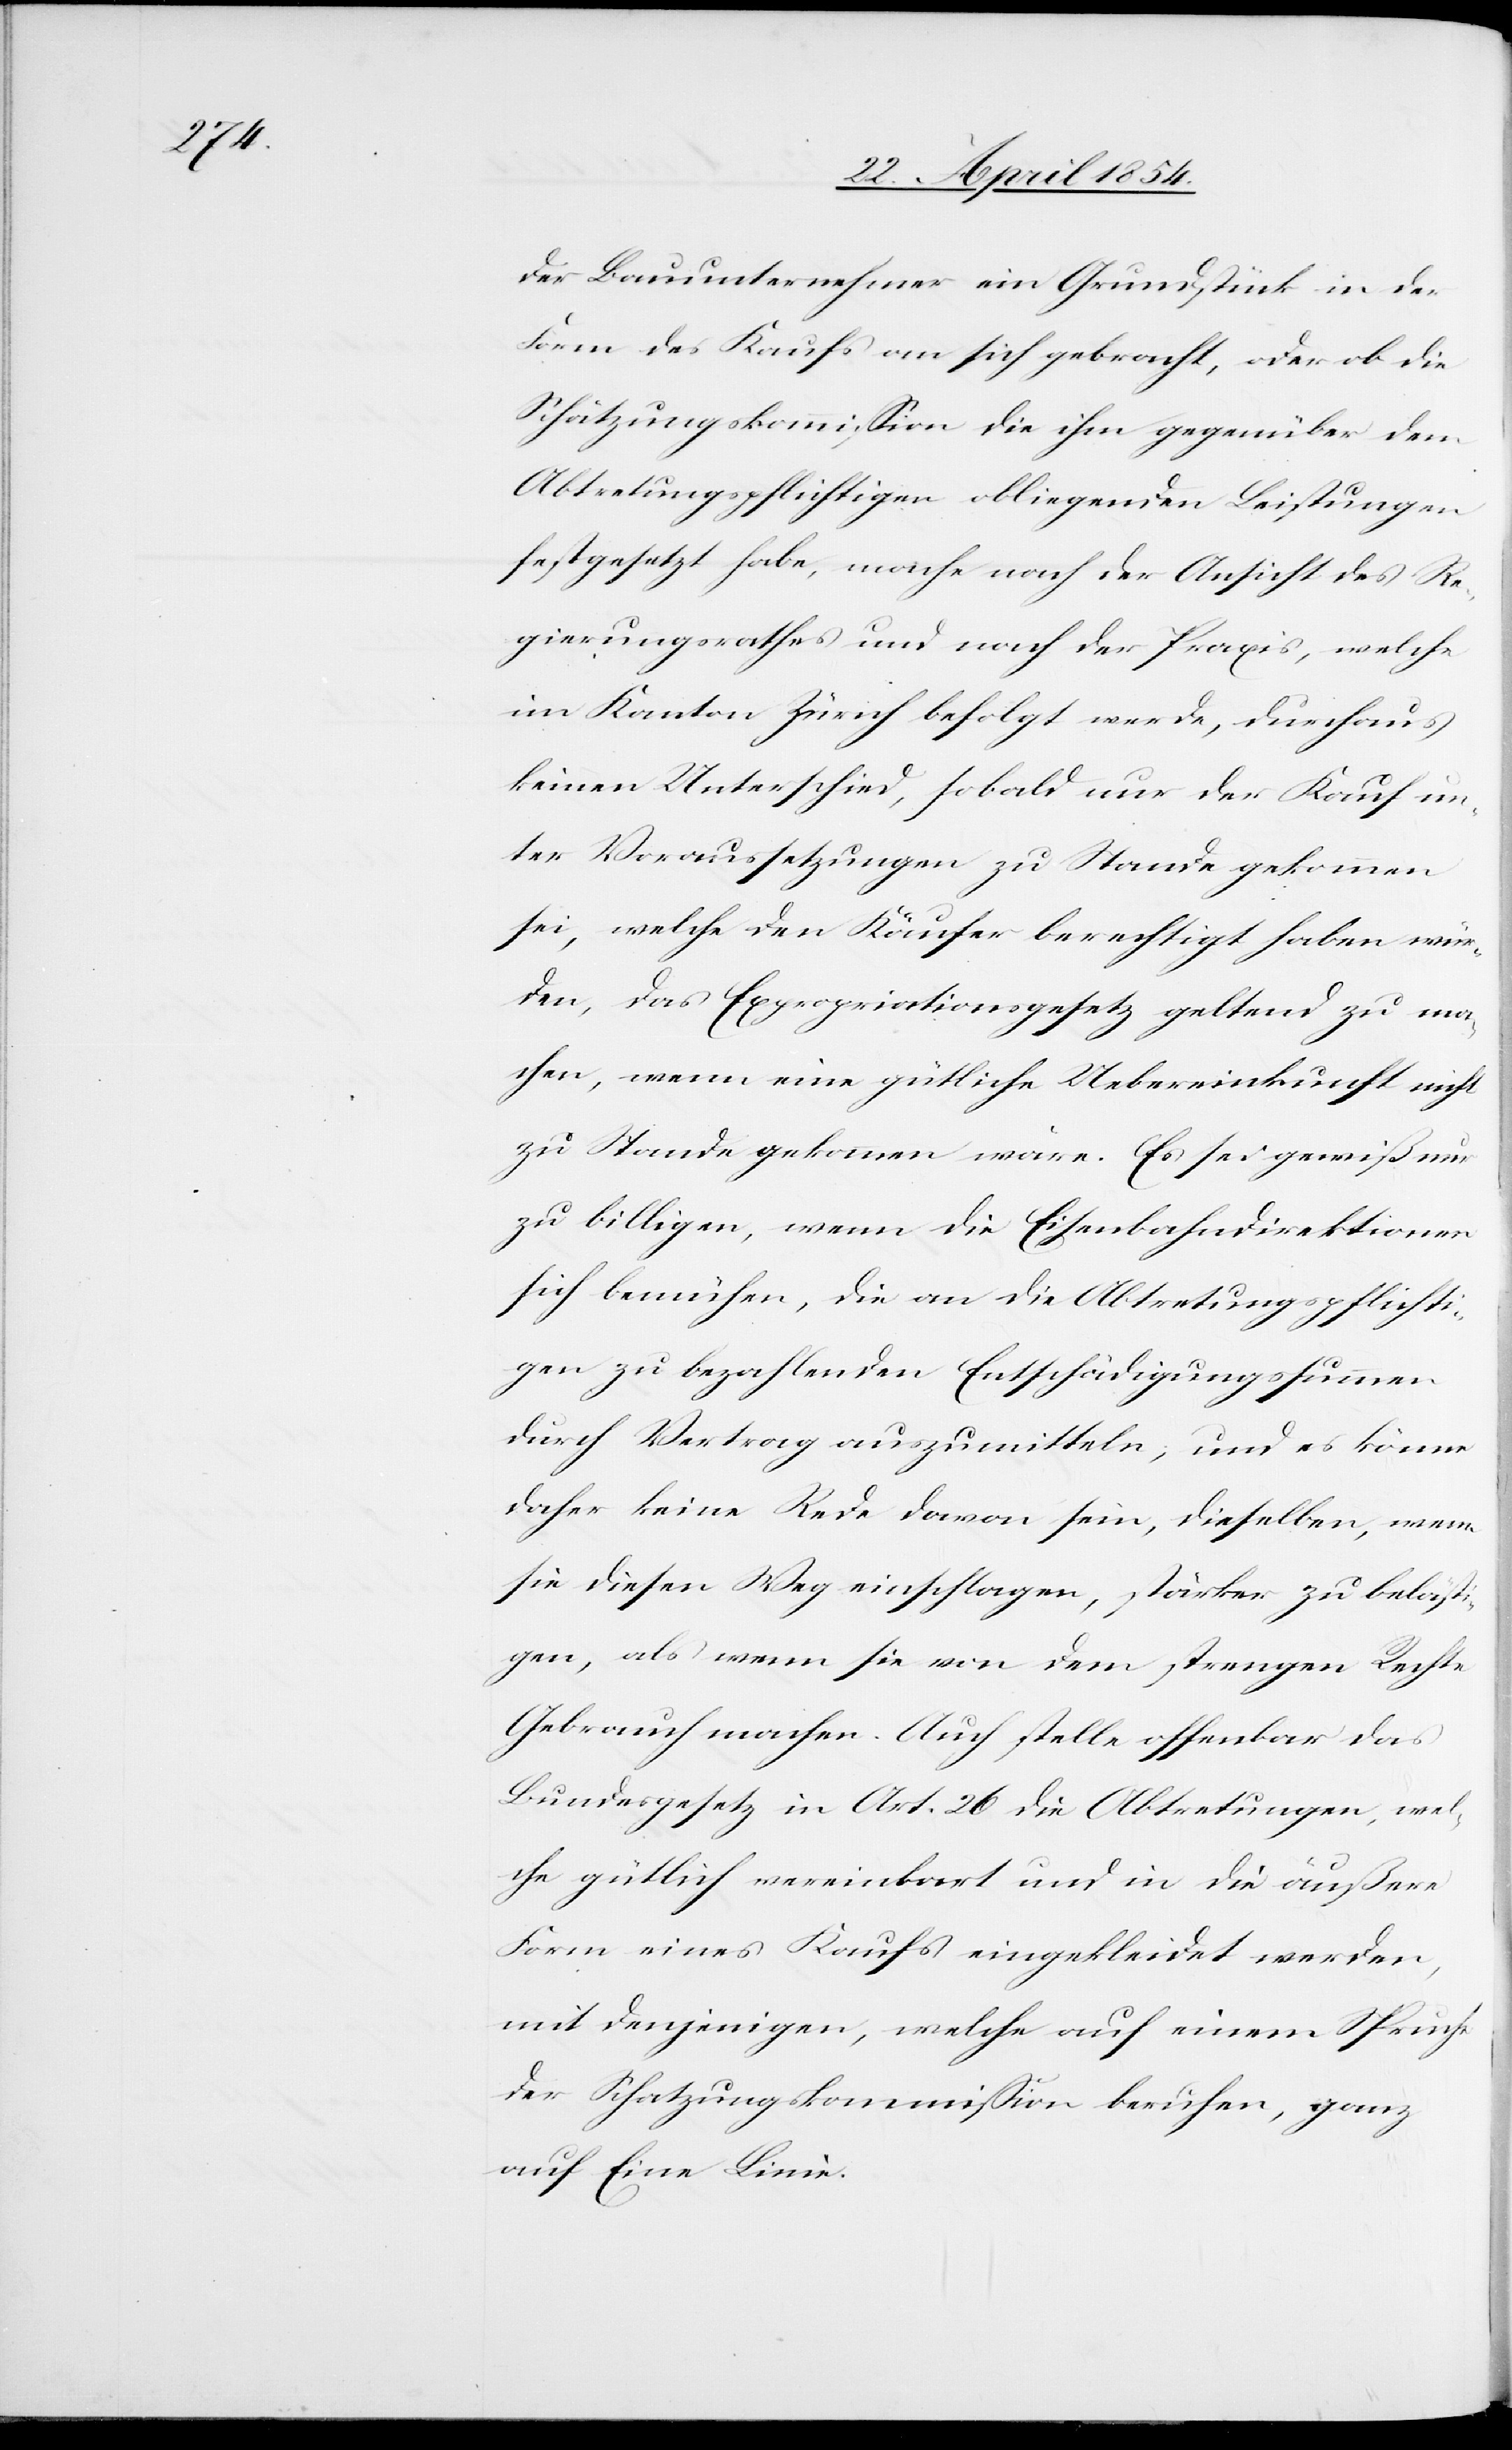
der Bauunternehmer ein Grundstück in der
Form des Kaufs an sich gebracht, oder ob die
Schätzungskommißion die ihm gegenüber dem
Abtretungspflichtigen obliegenden Leistungen
festgesetzt habe, mache nach der Ansicht des Re¬
gierungsrathes und nach der Praxis, welche
im Kanton Zürich befolgt werde, durchaus
keinen Unterschied, sobald nur der Kauf un¬
ter Voraussetzungen zu Stande gekommen
sei, welche den Käufer berechtigt haben wür¬
de, das Expropriationsgesetz geltend zu ma¬
chen, wenn eine gütliche Uebereinkunft nicht
zu Stande gekommen wäre. Es sei gewiß nur
zu billigen, wenn die Eisenbahndirektionen
sich bemühen, die an die Abtretungspflichti¬
gen zu bezahlenden Entschädigungssummen
durch Vertrag auszumitteln; und es könne
daher keine Rede davon sein, dieselben, wenn
sie diesen Weg einschlagen, stärker zu belästi¬
gen, als wenn sie von dem strengen Rechte
Gebrauch machen. Auch stelle offenbar das
Bundesgesetz in Art. 26 die Abtretungen, wel¬
che gütlich vereinbart und in die äußere
Form eines Kaufs eingekleidet werden,
mit denjenigen, welche auf einem Spruche
der Schatzungskommißion beruhen, ganz
auf Eine Linie.